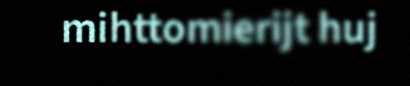
mihttomierijt huj